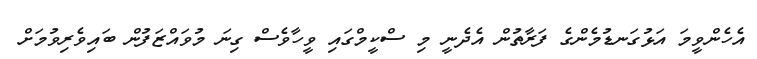
އެހެންވީމަ އަޅުގަނޑުމެންގެ ފަރާތުން އެދެނީ މި ސްކީމްގައި ވީހާވެސް ގިނަ މުވައްޒަފުން ބައިވެރިވުމަށް